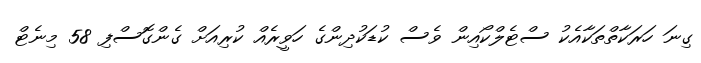
ގިނަ ހަރަކާތްތަކާއެކު ސްޓެލްކޯއިން ވެސް ކުޑަކުދިންގެ ހަވީރެއް ކުރިއަށް ގެންގޮސްފި 58 މިނެޓް